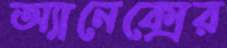
অ্যানেক্সের